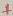
Text: +